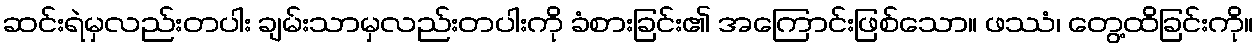
ဆင်းရဲမှလည်းတပါး ချမ်းသာမှလည်းတပါးကို ခံစားခြင်း၏ အကြောင်းဖြစ်သော။ ဖဿံ၊ တွေ့ထိခြင်းကို။